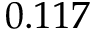
0 . 1 1 7